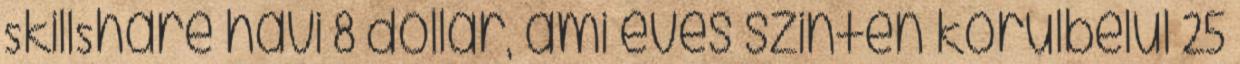
SkillShare havi 8 dollár, ami éves szinten körülbelül 25